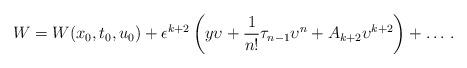
LaTeX: \begin{align*} W={W}(x_0,{t}_0,u_0)+ \epsilon^{k+2} \left( {{y}} {\upsilon} +\frac{1}{n!} {\tau}_{n-1} {\upsilon}^n + A_{k+2} {\upsilon}^{k+2} \right) +\dots \, .\end{align*}